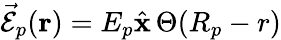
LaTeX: \vec{\mathcal{E}}_{p}({\mathbf r})=E_{p}\hat{\mathbf x}\, \Theta(R_{p}-r)